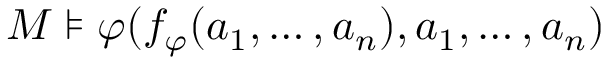
M \models \varphi ( f _ { \varphi } ( a _ { 1 } , \dots , a _ { n } ) , a _ { 1 } , \dots , a _ { n } )